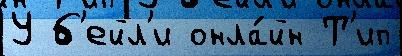
У б'ейл'и онла́йн Т'ип